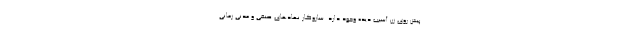
پیش روی زن آسیب دیده وجود دارد. سازوکار نهادهای صنفی و مدنی زمانی